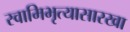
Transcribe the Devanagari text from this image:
स्वामिभृत्यासारखा